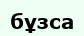
бұзса